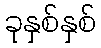
ခုနှစ်နှစ်